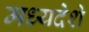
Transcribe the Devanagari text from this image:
मध्यदेशे